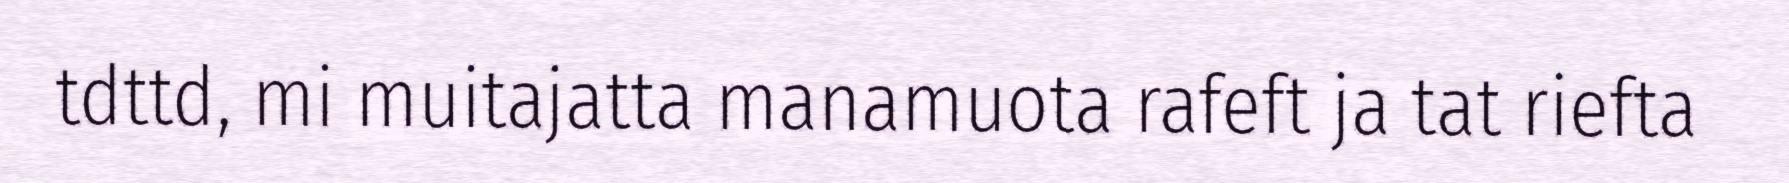
tdttd, mi muitajatta manamuota rafeft ja tat riefta